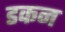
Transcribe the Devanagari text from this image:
डकन